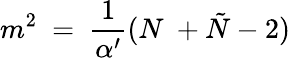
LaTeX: m^{2}\ =\ {\frac{1}{\alpha^{\prime}}}(N\ +{\tilde{N}}-2)